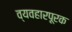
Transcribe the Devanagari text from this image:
व्यवहारपूरक